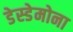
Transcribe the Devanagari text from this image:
डेस्डेमोना